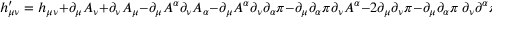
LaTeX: h _ { \mu \nu } ^ { \prime } = h _ { \mu \nu } + \partial _ { \mu } A _ { \nu } + \partial _ { \nu } A _ { \mu } - \partial _ { \mu } A ^ { \alpha } \partial _ { \nu } A _ { \alpha } - \partial _ { \mu } A ^ { \alpha } \partial _ { \nu } \partial _ { \alpha } \pi - \partial _ { \mu } \partial _ { \alpha } \pi \partial _ { \nu } A ^ { \alpha } - 2 \partial _ { \mu } \partial _ { \nu } \pi - \partial _ { \mu } \partial _ { \alpha } \pi \ \partial _ { \nu } \partial ^ { \alpha } \pi .